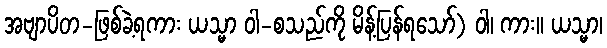
အဗျာပိတ-ဖြစ်ခဲ့ရကား ယသ္မာ ဝါ-စသည်ကို မိန့်ပြန်ရသော်) ဝါ၊ ကား။ ယသ္မာ၊